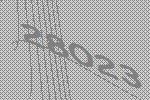
28023